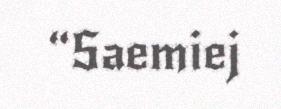
“Saemiej